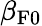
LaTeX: \beta_{{\mathrm{F}}0}